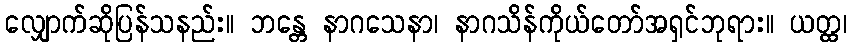
လျှောက်ဆိုပြန်သနည်း။ ဘန္တေ နာဂသေနာ၊ နာဂသိန်ကိုယ်တော်အရှင်ဘုရား။ ယတ္ထ၊